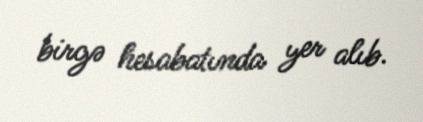
birgə hesabatında yer alıb.